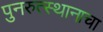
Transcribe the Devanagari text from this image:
पुनरुत्स्थानाचा